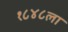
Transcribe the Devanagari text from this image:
१८४८ला